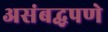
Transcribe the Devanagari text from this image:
असंबद्धपणे